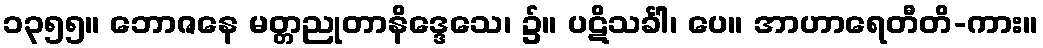
၁၃၅၅။ ဘောဇနေ မတ္တညုတာနိဒ္ဒေသေ၊ ၌။ ပဋိသင်္ခါ၊ ပေ။ အာဟာရေတီတိ-ကား။